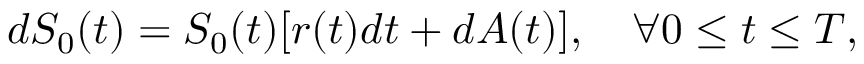
d S _ { 0 } ( t ) = S _ { 0 } ( t ) [ r ( t ) d t + d A ( t ) ] , \quad \forall 0 \leq t \leq T ,